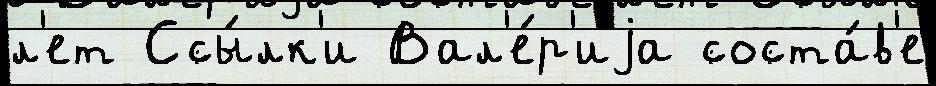
л'ет Ссы́лк'и Вал'е́р'иjа соста́в'е